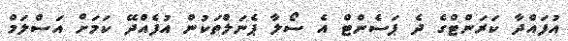
އުފައްދާ ކަރަންޓްގެ ދެ ޕަސެންޓް އެ ސޯލާ ޕެނަލްތަކުން އުފެއްދޭ ކަމަށް އަސްލަމް